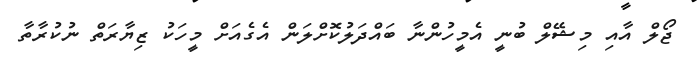
ޖޯލް އާއި މިޝޭލް ބުނީ އެމީހުންނާ ބައްދަލުކޮށްލަން އެގެއަށް މީހަކު ޒިޔާރަތް ނުކުރާތާ